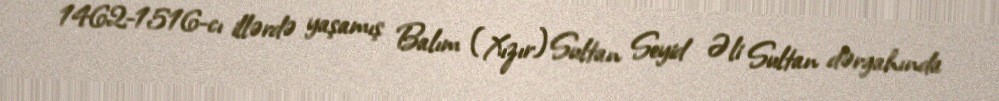
1462-1516-cı illərdə yaşamış Balım (Xızır) Sultan Seyid Əli Sultan dərgahında